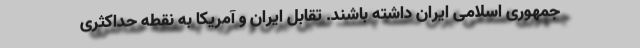
جمهوری اسلامی ایران داشته باشند. تقابل ایران و آمریکا به نقطه حداکثری